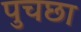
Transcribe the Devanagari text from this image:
पुचछा